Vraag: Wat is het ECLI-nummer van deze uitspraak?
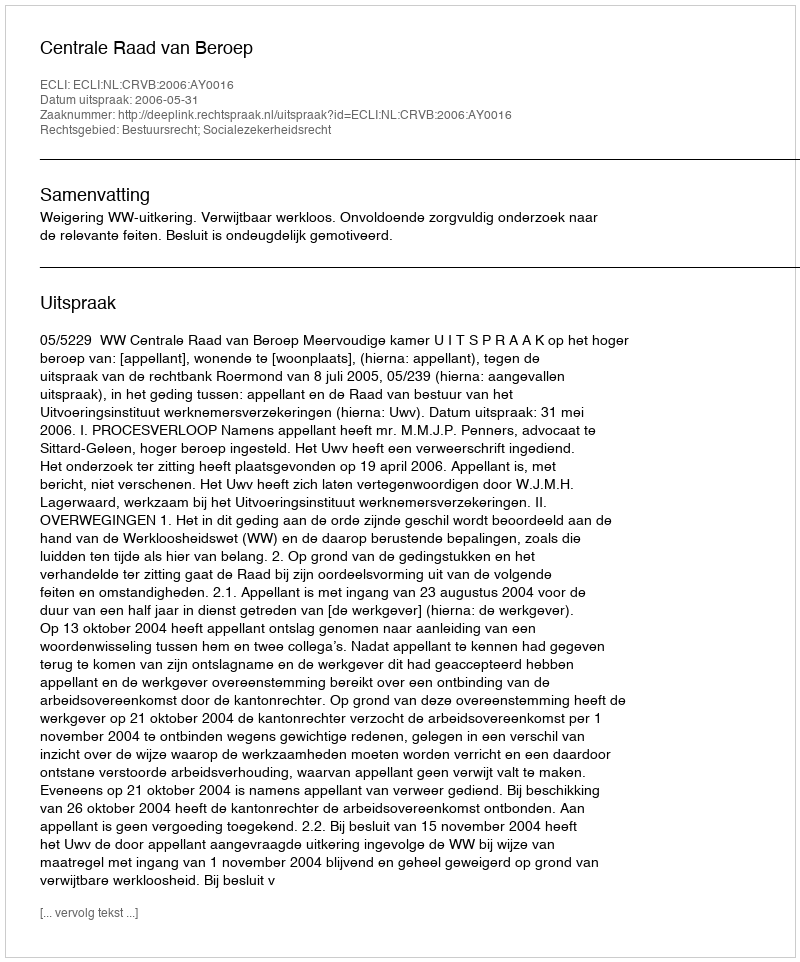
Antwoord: ECLI:NL:CRVB:2006:AY0016